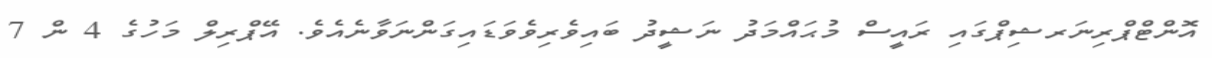
އޮންޓްޕްރިނަރޝިޕްގައި ރައީސް މުޙައްމަދު ނަޝީދު ބައިވެރިވެވަޑަައިގަންނަވާނެއެވެ. އޭޕްރިލް މަހުގެ 4 ން 7